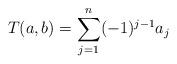
LaTeX: \begin{align*}T(a,b)=\sum_{j=1}^n (-1)^{j-1} a_j\end{align*}